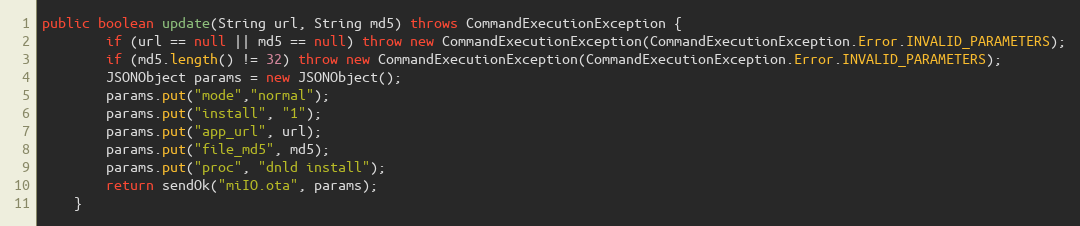
Language: Java
public boolean update(String url, String md5) throws CommandExecutionException {
        if (url == null || md5 == null) throw new CommandExecutionException(CommandExecutionException.Error.INVALID_PARAMETERS);
        if (md5.length() != 32) throw new CommandExecutionException(CommandExecutionException.Error.INVALID_PARAMETERS);
        JSONObject params = new JSONObject();
        params.put("mode","normal");
        params.put("install", "1");
        params.put("app_url", url);
        params.put("file_md5", md5);
        params.put("proc", "dnld install");
        return sendOk("miIO.ota", params);
    }